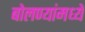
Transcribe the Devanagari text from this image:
बोलण्यांमध्ये